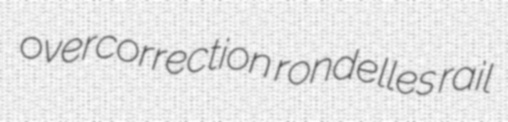
overcorrection rondelles rail